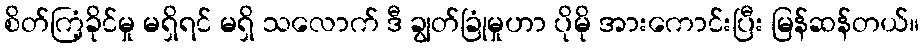
စိတ်ကြံ့ခိုင်မှု မရှိရင် မရှိ သလောက် ဒီ ချွတ်ခြုံမှုဟာ ပိုမို အားကောင်းပြီး မြန်ဆန်တယ်။